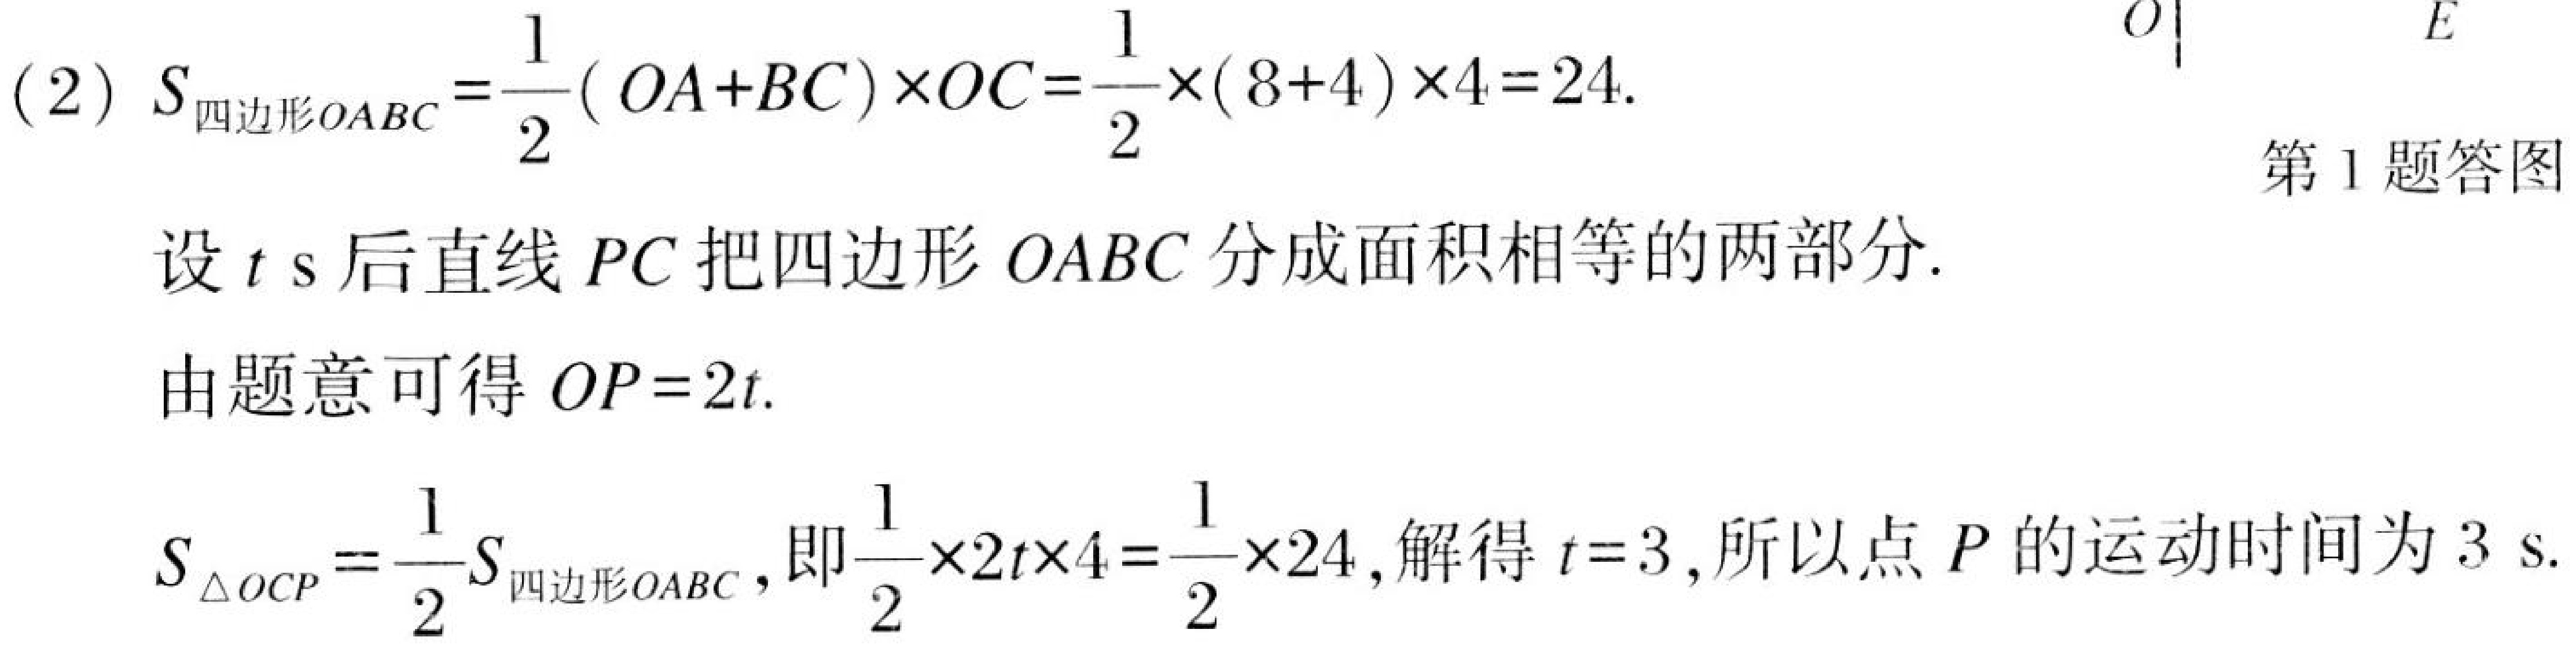
(2) \(S_{四边形OABC}=\frac{1}{2}(OA + BC)\times OC=\frac{1}{2}\times(8 + 4)\times4 = 24\).
第1题答图
设 \(t\ \text{s}\) 后直线 \(PC\) 把四边形 \(OABC\) 分成面积相等的两部分.
由题意可得 \(OP = 2t\).
\(S_{\triangle OCP}=\frac{1}{2}S_{四边形OABC}\)，即\(\frac{1}{2}\times2t\times4=\frac{1}{2}\times24\)，解得 \(t = 3\)，所以点 \(P\) 的运动时间为 \(3\ \text{s}\).